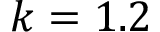
k = 1 . 2